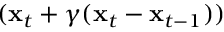
( { \bf x } _ { t } + \gamma ( { \bf x } _ { t } - { \bf x } _ { t - 1 } ) )